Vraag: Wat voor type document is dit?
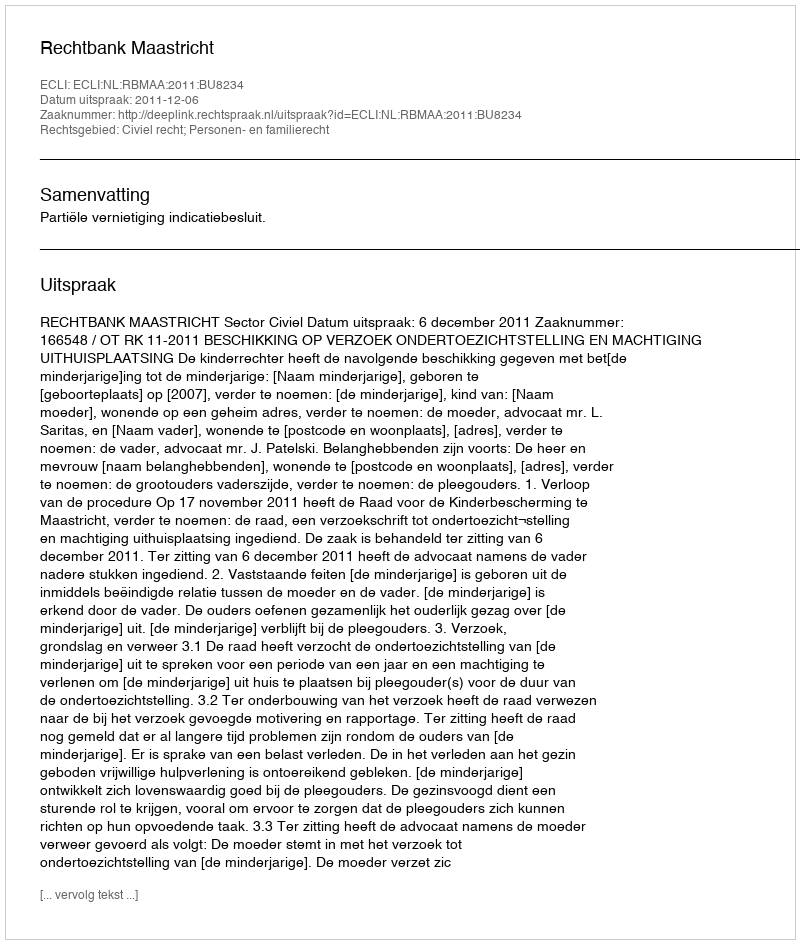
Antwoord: Uitspraak